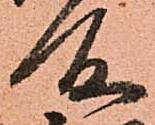
所